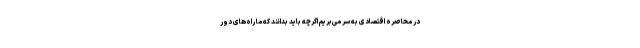
در محاصره اقتصادی به سر می‌بریم اگرچه باید بدانند که ما راه‌های دور